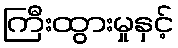
ကြီးထွားမှုနှင့်